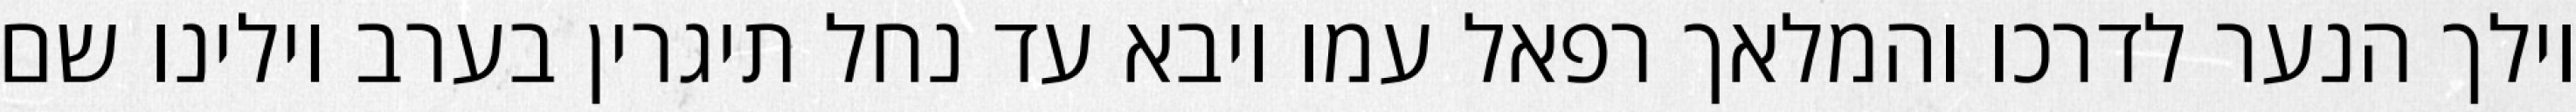
וילך הנער לדרכו והמלאך רפאל עמו ויבא עד נחל תיגרין בערב וילינו שם